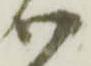
御